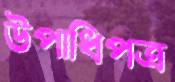
উপাধিপত্র